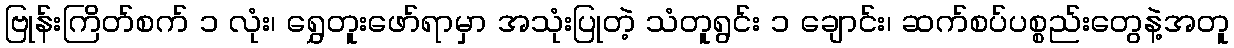
ဗြုန်းကြိတ်စက် ၁ လုံး၊ ရွှေတူးဖော်ရာမှာ အသုံးပြုတဲ့ သံတူရွင်း ၁ ချောင်း၊ ဆက်စပ်ပစ္စည်းတွေနဲ့အတူ